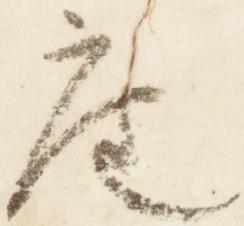
座